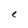
Character: e